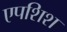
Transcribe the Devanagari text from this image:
एपशिश